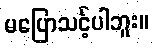
မပြောသင့်ပါဘူး။